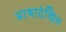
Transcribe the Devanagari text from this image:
भाषादेखिल